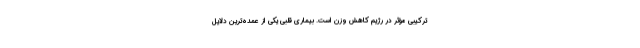
ترکیبی مؤثر در رژیم کاهش وزن است. بیماری قلبی یکی از عمده‌ترین دلایل